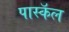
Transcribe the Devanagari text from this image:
पास्कॅल